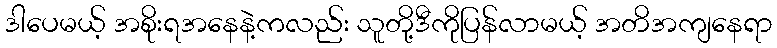
ဒါပေမယ့် အစိုးရအနေနဲ့ကလည်း သူတို့ဒီကိုပြန်လာမယ့် အတိအကျနေရာ